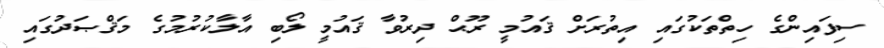
ސިފައިންގެ ހިތްތަކުގައި އިތުރަށް ޤައުމީ ރޫޙް ދިރުވާ ޤައުމީ ލޯބި އާލާކުރުމުގެ މަޤްޞަދުގައި